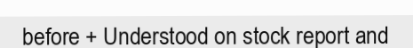
before + Understood on stock report and